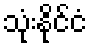
သုံးနိုင်ငံ